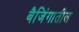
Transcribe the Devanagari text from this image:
बैजिंगातील